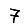
Digit: 7